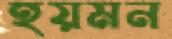
হয়মন